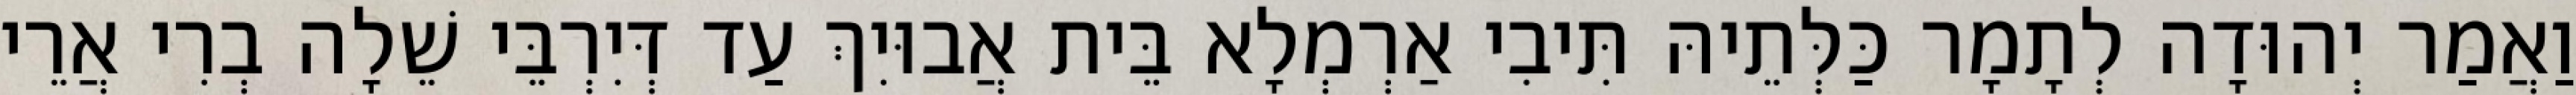
וַאֲמַר יְהוּדָה לְתָמָר כַּלְּתֵיהּ תִּיבִי אַרְמְלָא בֵּית אֲבוּיִךְ עַד דְּיִרְבֵּי שֵׁלָה בְרִי אֲרֵי